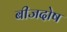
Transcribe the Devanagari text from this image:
बीजदोष